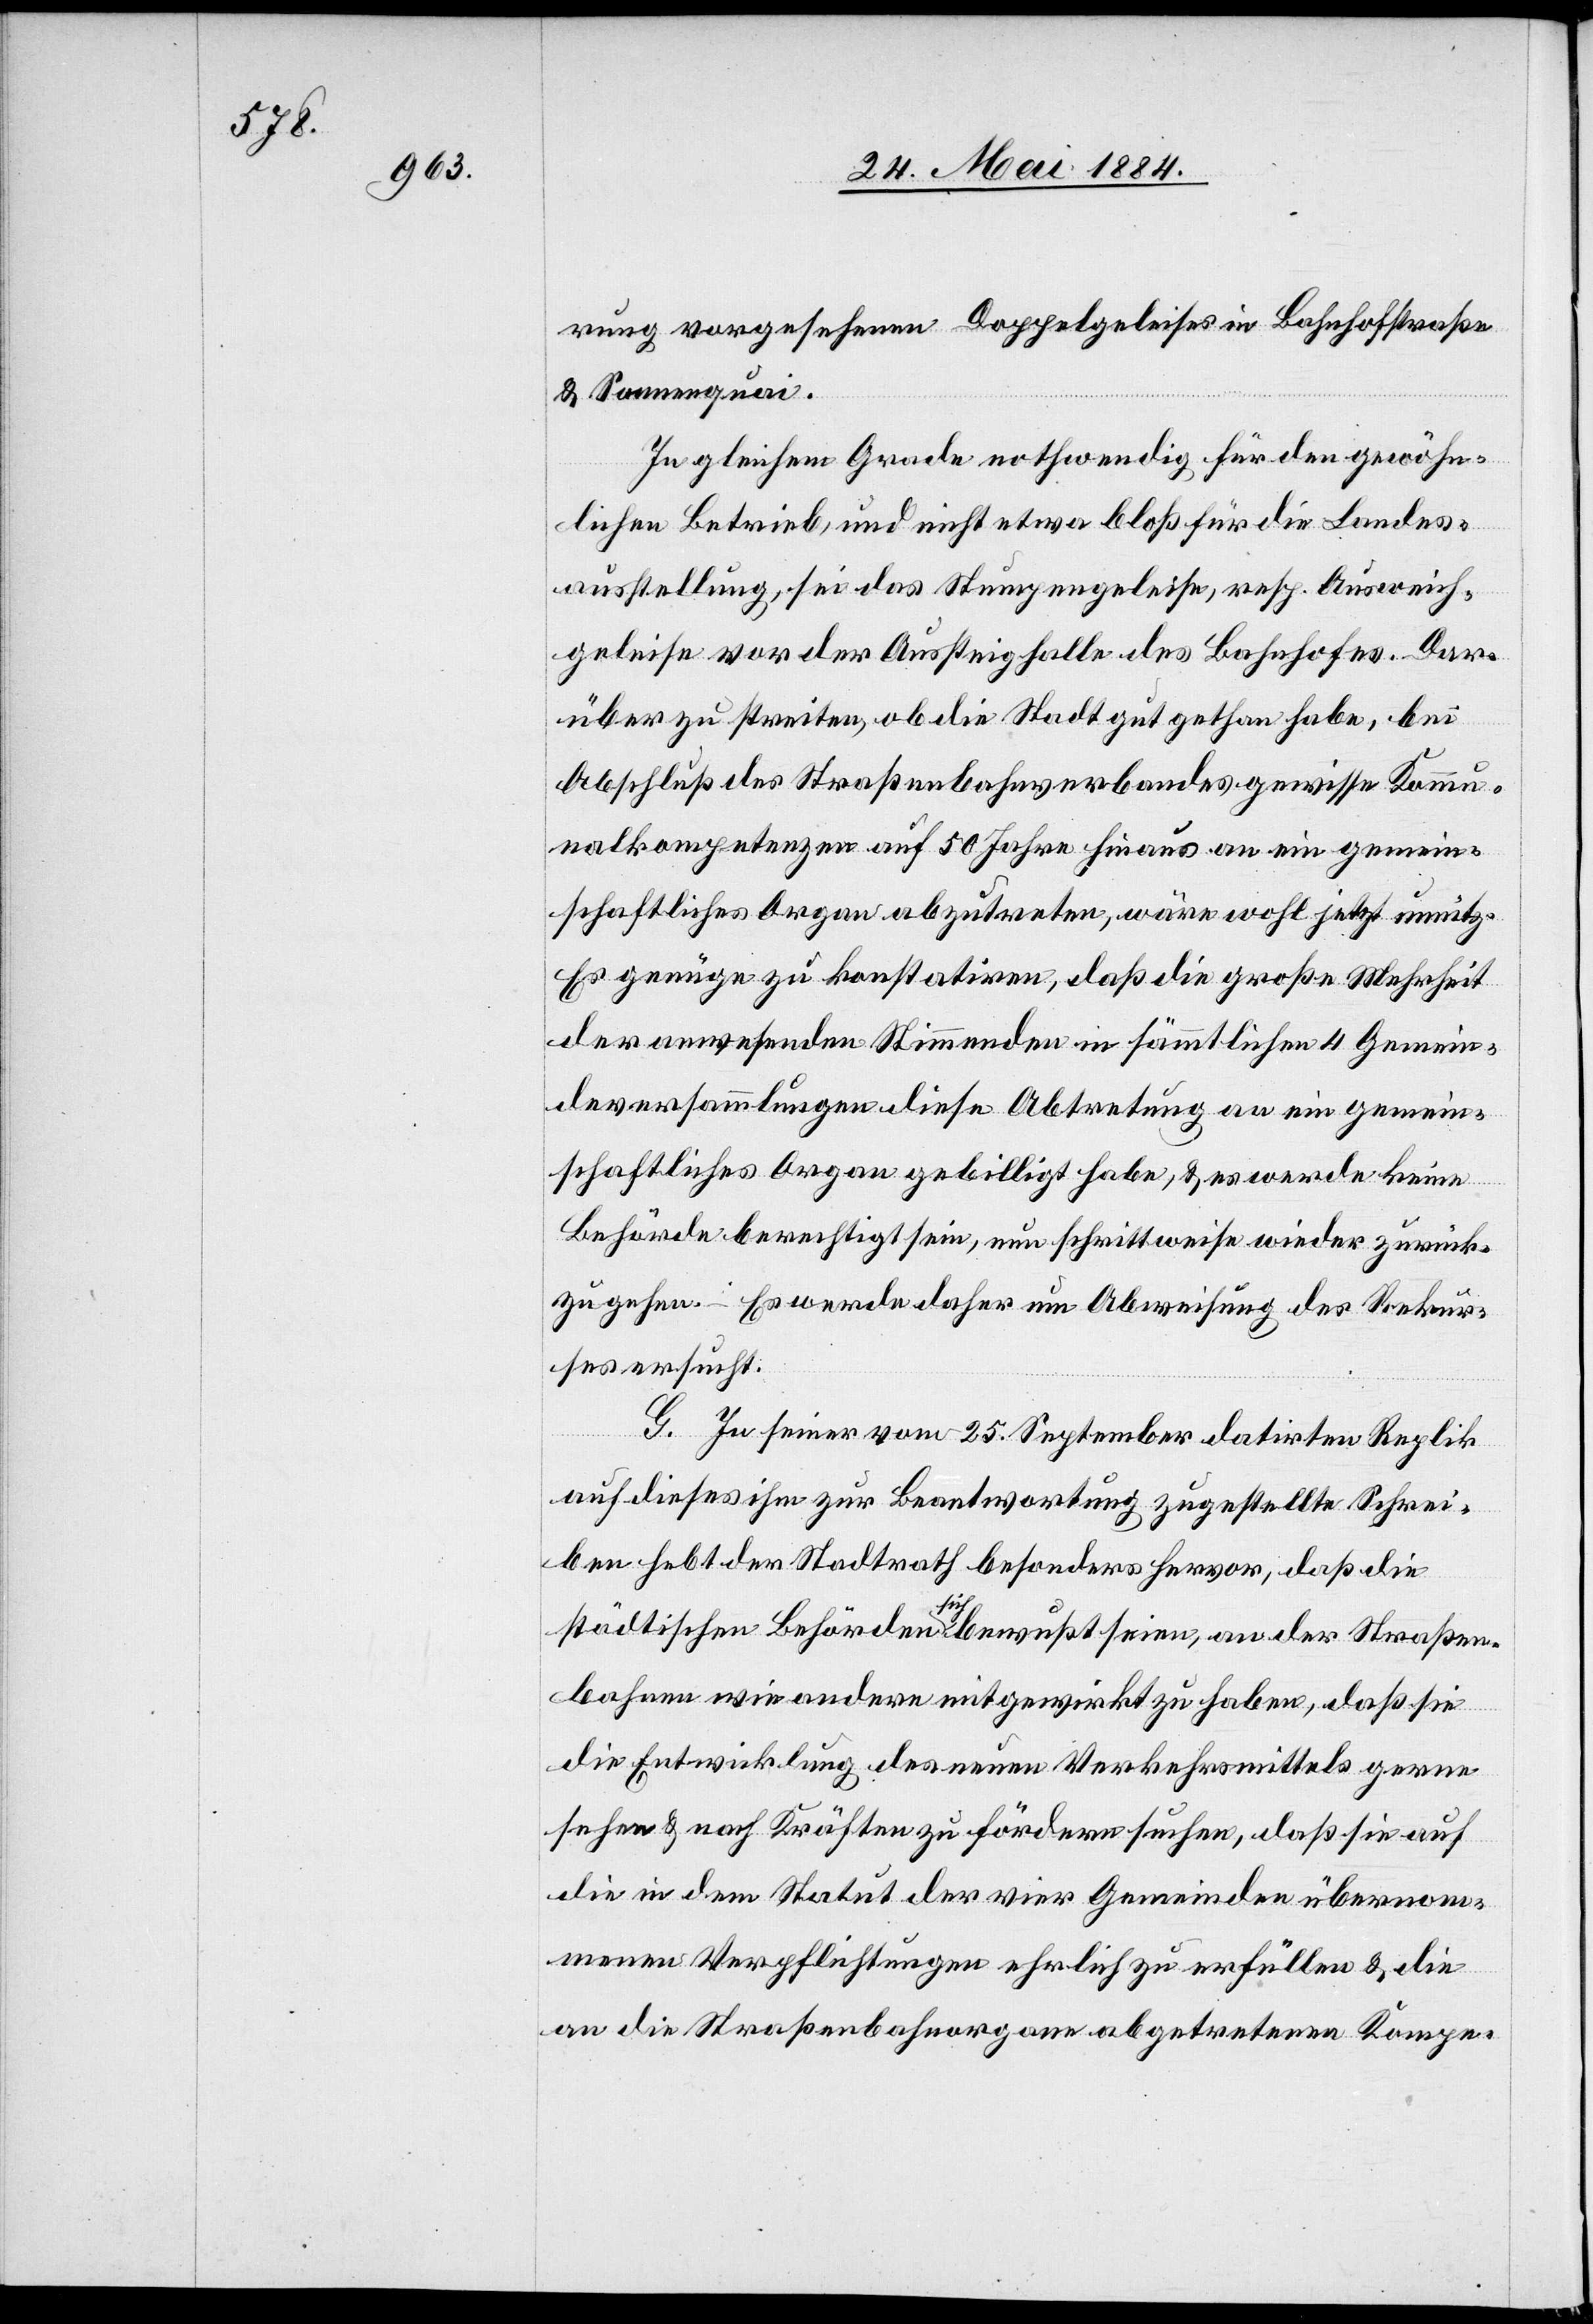
rung vorgesehenen Doppelgeleisen in Bahnhofstraße
& Sonnenquai.
In gleichem Grade nothwendig für den gewöhn¬
sie auf
lichen Betrieb und nicht etwa bloß für die Landes¬
ausstellung, sei das Stumpengeleise, resp. Ausweich¬
geleise vor der Aussteighalle des Bahnhofes. Dar¬
über zu streiten, ob die Stadt gut gethan habe, bei
Abschluß des Straßenbahnverbandes gewisse Kommu¬
nalkompetenzen auf 50 Jahre hinaus an ein gemein¬
schaftliches Organ abzutreten, wäre wohl jetzt unnütz.
Es genüge zu konstatiren, daß die große Mehrheit
der anwesenden Stimmenden in sämmtlichen 4 Gemein¬
deversammlungen diese Abtretung an ein gemein¬
schaftliches Organ gebilligt habe, & es werde keine
Behörde berechtigt sein, nun schrittweise wieder zurück¬
zugehen. Es werde daher um Abweisung des Rekur¬
ses ersucht.
G. In seiner vom 25. September datirten Replik
auf dieses ihm zur Beantwortung zugestellte Schrei¬
ben hebt der Stadtrath besonders hervor, daß die
städtischen Behörden sich bewußt seien, an der Straßen¬
die in dem Statut der vier Gemeinden übernom¬
menen Verpflichtungen ehrlich zu erfüllen & die
an die Straßenbahnorgane abgetretenen Kompe-